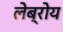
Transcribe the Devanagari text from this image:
लेब्रोय